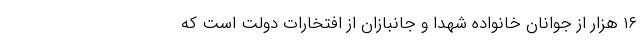
۱۶ هزار از جوانان خانواده شهدا و جانبازان از افتخارات دولت است که